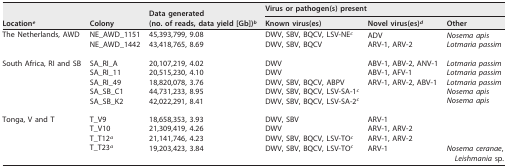
| <ROWSPAN=2> Locatione | <ROWSPAN=2> Colony | <ROWSPAN=2> Data generated (no. of reads, data yield [Gb])b | <COLSPAN=3> Virus or pathogen(s) present |
 | Known virus(es) | Novel virus(es)d | Other |
 | --- | --- | --- | --- | --- | --- |
 | The Netherlands, AWD | NE_AWD_1151 | 45,393,799, 9.08 | DWV, SBV, BQCV, LSV-NEc | ADV | Nosema apis |
 |  | NE_AWD_1442 | 43,418,765, 8.69 | DWV, SBV, BQCV | ARV-1, ARV-2 | Lotmaria passim |
 | South Africa, RI and SB | SA_RI_A | 20,107,219, 4.02 | DWV | ABV-1, ABV-2, ANV-1 | Lotmaria passim |
 |  | SA_RI_11 | 20,515,230, 4.10 | DWV | ABV-1, AFV-1 | Lotmaria passim |
 |  | SA_RI_49 | 18,820,078, 3.76 | DWV, SBV, BQCV, ABPV | ARV-1, ARV-2, ABV-1 | Lotmaria passim |
 |  | SA_SB_C1 | 44,731,233, 8.95 | DWV, SBV, BQCV, LSV-SA-1c |  | Nosema apis |
 |  | SA_SB_K2 | 42,022,291, 8.41 | DWV, SBV, BQCV, LSV-SA-2c |  | Nosema apis |
 | Tonga, V and T | T_V9 | 18,658,353, 3.93 | DWV, SBV | ARV-1 |  |
 |  | T_V10 | 21,309,419, 4.26 | DWV | ARV-1, ARV-2 |  |
 |  | T_T12a | 21,141,746, 4.23 | DWV, SBV, BQCV, LSV-TOc | ARV-1, ARV-2 |  |
 |  | T_T23a | 19,203,423, 3.84 | DWV, SBV, BQCV, LSV-TOc | ARV-1 | Nosema ceranae, Leishmania sp. |